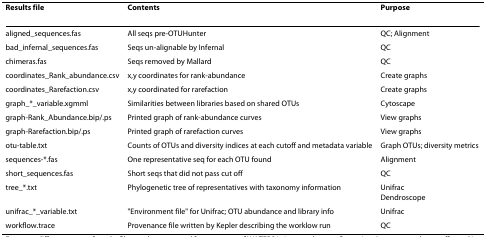
<table><thead><tr><td><b>Results file</b></td><td><b>Contents</b></td><td><b>Purpose</b></td></tr></thead><tbody><tr><td>aligned_sequences.fas</td><td>All seqs pre-OTUHunter</td><td>QC; Alignment</td></tr><tr><td>bad_infernal_sequences.fas</td><td>Seqs un-alignable by Infernal</td><td>QC</td></tr><tr><td>chimeras.fas</td><td>Seqs removed by Mallard</td><td>QC</td></tr><tr><td>coordinates_Rank_abundance.csv</td><td>x,y coordinates for rank-abundance</td><td>Create graphs</td></tr><tr><td>coordinates_Rarefaction.csv</td><td>x,y coordinated for rarefaction</td><td>Create graphs</td></tr><tr><td>graph_*_variable.xgmml</td><td>Similarities between libraries based on shared OTUs</td><td>Cytoscape</td></tr><tr><td>graph-Rank_Abundance.bip/.ps</td><td>Printed graph of rank-abundance curves</td><td>View graphs</td></tr><tr><td>graph-Rarefaction.bip/.ps</td><td>Printed graph of rarefaction curves</td><td>View graphs</td></tr><tr><td>otu-table.txt</td><td>Counts of OTUs and diversity indices at each cutoff and metadata variable</td><td>Graph OTUs; diversity metrics</td></tr><tr><td>sequences-*.fas</td><td>One representative seq for each OTU found</td><td>Alignment</td></tr><tr><td>short_sequences.fas</td><td>Short seqs that did not pass cut off</td><td>QC</td></tr><tr><td>tree_*.txt</td><td>Phylogenetic tree of representatives with taxonomy information</td><td>UnifracDendroscope</td></tr><tr><td>unifrac_*_variable.txt</td><td>&quot;Environment file&quot; for Unifrac; OTU abundance and library info</td><td>Unifrac</td></tr><tr><td>workflow.trace</td><td>Provenance file written by Kepler describing the worklow run</td><td>QC</td></tr></tbody></table>